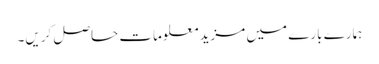
ہمارے بارے میں مزید معلومات حاصل کریں۔